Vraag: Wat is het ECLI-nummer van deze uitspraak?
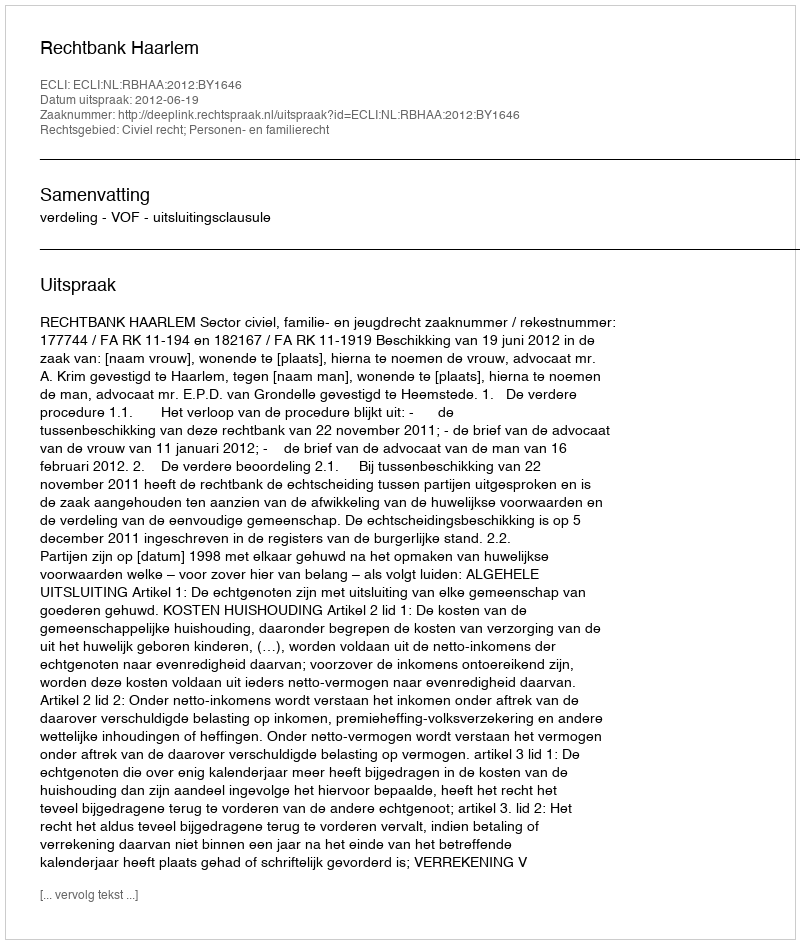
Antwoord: ECLI:NL:RBHAA:2012:BY1646